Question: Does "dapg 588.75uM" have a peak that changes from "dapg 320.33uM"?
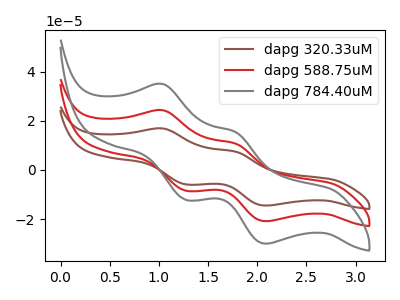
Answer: <think>The brown curve "dapg 320.33uM" has anodic peaks at (1.05V, 48.70uA) (1.80V, 21.55uA) and cathodic peaks at (1.30V, -17.00uA) (2.10V, -41.75uA). The red curve "dapg 588.75uM" has anodic peaks at (1.05V, 24.35uA) (1.80V, 10.80uA) and cathodic peaks at (1.30V, -8.50uA) (2.10V, -20.85uA). The gray curve "dapg 784.40uM" has anodic peaks at (1.05V, 35.05uA) (1.80V, 15.50uA) and cathodic peaks at (1.30V, -12.25uA) (2.10V, -30.05uA).
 All the peaks in "dapg 588.75uM" have a peak in "dapg 320.33uM" at the same potential. Every peak in "dapg 588.75uM" is lower than every peak in "dapg 320.33uM".</think>
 <answer>No, "dapg 588.75uM" and "dapg 320.33uM" don't appear to be significantly different in shape</answer>
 <eval>no_change</eval>